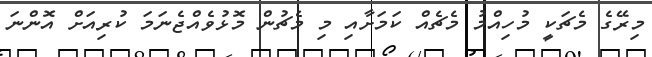
މިރޭގެ މެޗަކީ މުހިއްމު މެޗެއް ކަމަށާއި މި މެޗުން މޮޅުވެއްޖެނަމަ ކުރިއަށް އޮންނަ